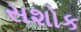
સશોક